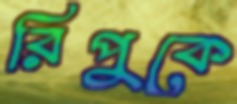
রিপুকে